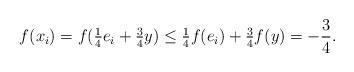
LaTeX: \begin{align*}f(x_i) = f( \tfrac14 e_i + \tfrac34 y) \le \tfrac14 f(e_i) + \tfrac34 f(y) = - \frac34 .\end{align*}